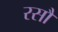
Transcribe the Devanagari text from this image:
रसौ